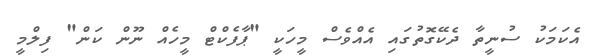
އެކަމަކު ސުނީތާ ދެކޭގޮތުގައި އެއްވެސް މީހަކީ "ޕާފެކްޓް މީހެއް ނޫން ކަން" ފިލްމީ